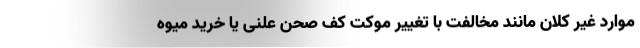
موارد غیر کلان مانند مخالفت با تغییر موکت کف صحن علنی یا خرید میوه